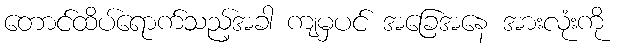
တောင်ထိပ်ရောက်သည့်အခါ ကျမှပင် အခြေအနေ အားလုံးကို